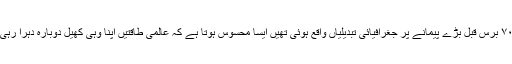
۷۰/۸۰ برس قبل بڑے پیمانے پر جغرافیائی تبدیلیاں واقع ہوئی تھیں ایسا محسوس ہوتا ہے کہ عالمی طاقتیں اپنا وہی کھیل دوبارہ دہرا رہی ہیں۔